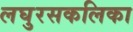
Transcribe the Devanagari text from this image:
लघुरसकलिका